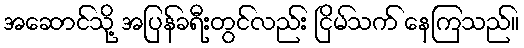
အဆောင်သို့ အပြန်ခရီးတွင်လည်း ငြိမ်သက် နေကြသည်။